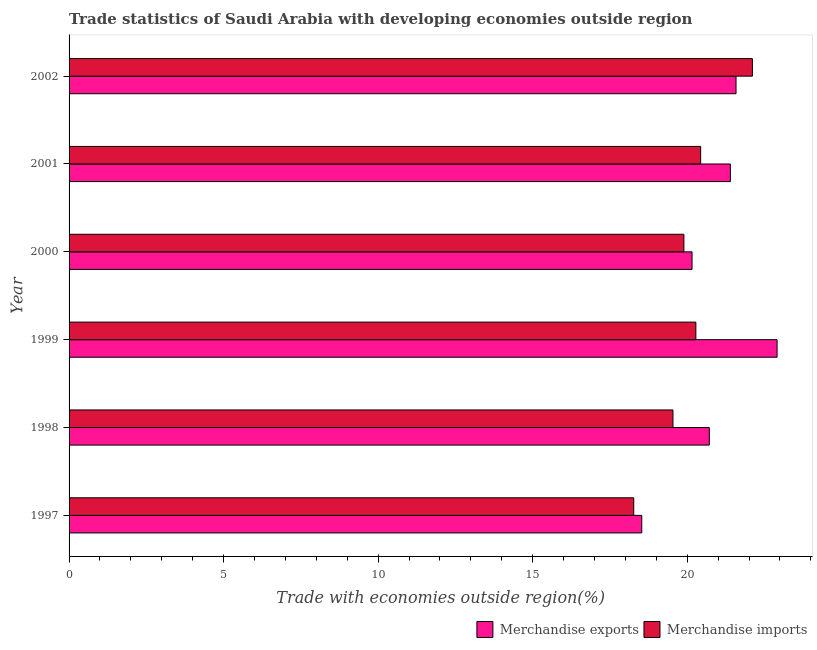
| Year | Merchandise exports | Merchandise imports |
 | --- | --- | --- |
 | 1997 | 18.5 | 18.3 |
 | 1998 | 20.7 | 19.5 |
 | 1999 | 22.9 | 20.3 |
 | 2000 | 20.2 | 19.9 |
 | 2001 | 21.4 | 20.4 |
 | 2002 | 21.6 | 22.1 |